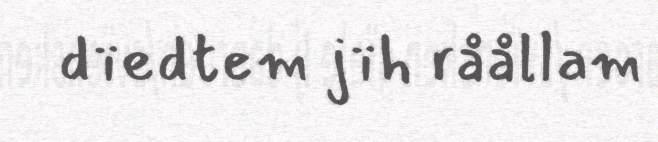
dïedtem jïh råållam